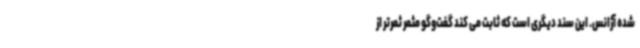
شده آژانس. این سند دیگری است که ثابت می کند گفت‌وگو مثمر ثمرتر از